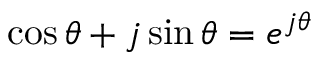
\cos \theta + j \sin \theta = e ^ { j \theta }